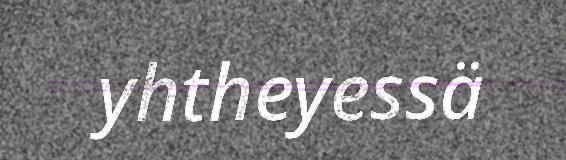
yhtheyessä